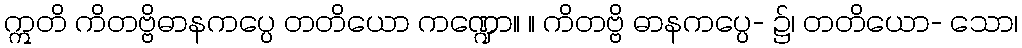
ဣတိ ကိတဗ္ဗိဓာနကပ္ပေ တတိယော ကဏ္ဍော။ ။ ကိတဗ္ဗိ ဓာနကပ္ပေ- ၌၊ တတိယော- သော၊